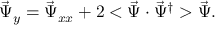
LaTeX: \vec { \Psi } _ { y } = \vec { \Psi } _ { x x } + 2 < \vec { \Psi } \cdot \vec { \Psi } ^ { \dagger } > \vec { \Psi } .